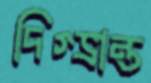
দিগ্‌ভ্রান্ত